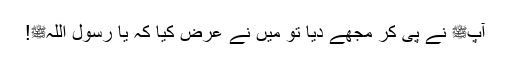
آپﷺ نے پی کر مجھے دیا تو میں نے عرض کیا کہ یا رسول اللہﷺ!